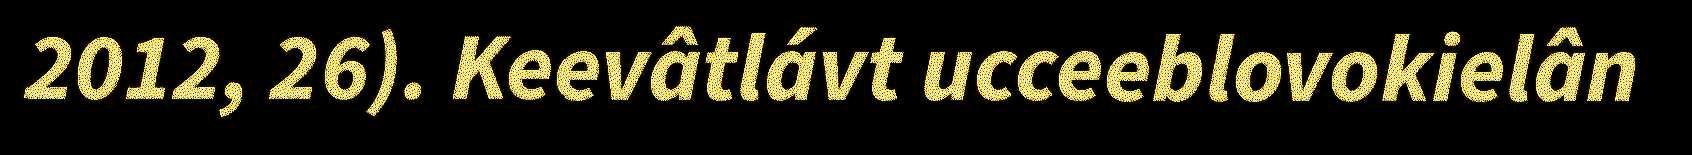
2012, 26). Keevâtlávt ucceeblovokielân